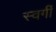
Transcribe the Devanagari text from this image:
स्वर्गीं